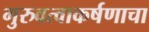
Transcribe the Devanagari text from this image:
गुरुवत्वाकर्षणाचा